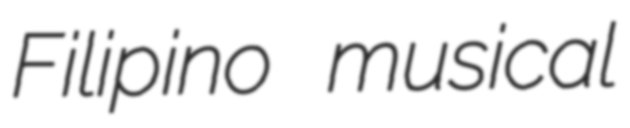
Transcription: Filipino musical